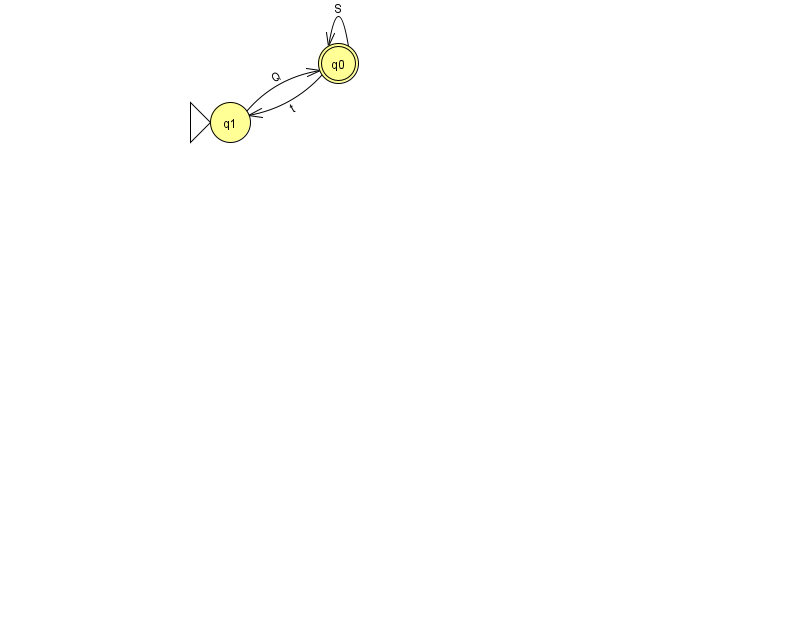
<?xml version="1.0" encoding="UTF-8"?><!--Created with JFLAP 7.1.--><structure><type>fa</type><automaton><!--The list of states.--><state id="0" name="q0"><x>338.0</x><y>50.0</y><final/></state><state id="1" name="q1"><x>230.0</x><y>109.0</y><initial/></state><!--The list of transitions.--><transition><from>1</from><to>0</to><read>Q</read></transition><transition><from>0</from><to>0</to><read>S</read></transition><transition><from>0</from><to>1</to><read>t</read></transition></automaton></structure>